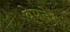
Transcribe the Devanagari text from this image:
वेपनेर